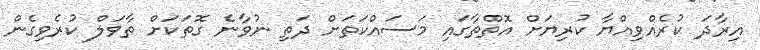
އިރާދަ ކުރެއްވިއްޔާ ކުރިޔަށް އޮތްތާގައި މަސައްކަތަށް ދަތި ނުވާނެ ގޮތަކަށް ތާވަލް ކުރެވިގެން